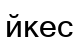
йкес